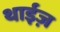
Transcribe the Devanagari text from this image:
थाईज़